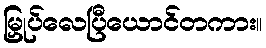
မြှုပ်လေပြီယောင်တကား။